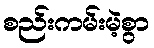
စည်းကမ်းမဲ့စွာ